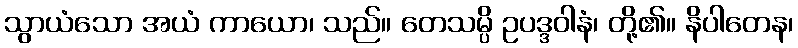
သွာယံသော အယံ ကာယော၊ သည်။ တေသမ္ပိ ဥပဒ္ဒဝါနံ၊ တို့၏။ နိပါတေန၊